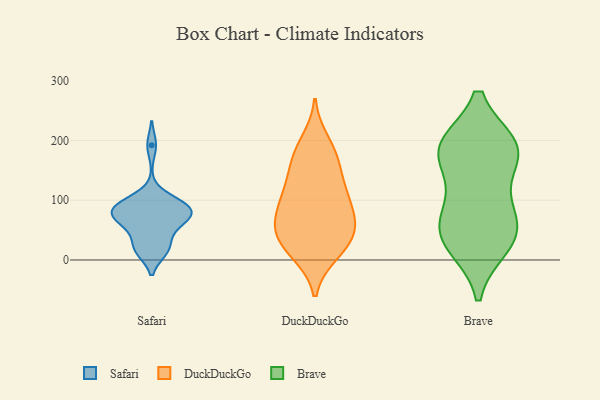
{"axis": {"x": "Waste Production (Tons)", "y": "Value"}, "legend": ["Brave", "DuckDuckGo", "Safari"], "data": [{"x": "", "y": 73, "type": "Safari"}, {"x": "", "y": 15, "type": "Safari"}, {"x": "", "y": 61, "type": "Safari"}, {"x": "", "y": 56, "type": "Safari"}, {"x": "", "y": 72, "type": "Safari"}, {"x": "", "y": 20, "type": "Safari"}, {"x": "", "y": 76, "type": "Safari"}, {"x": "", "y": 82, "type": "Safari"}, {"x": "", "y": 15, "type": "Safari"}, {"x": "", "y": 97, "type": "Safari"}, {"x": "", "y": 97, "type": "Safari"}, {"x": "", "y": 192, "type": "Safari"}, {"x": "", "y": 36, "type": "Safari"}, {"x": "", "y": 82, "type": "Safari"}, {"x": "", "y": 97, "type": "Safari"}, {"x": "", "y": 84, "type": "Safari"}, {"x": "", "y": 130, "type": "DuckDuckGo"}, {"x": "", "y": 42, "type": "DuckDuckGo"}, {"x": "", "y": 172, "type": "DuckDuckGo"}, {"x": "", "y": 78, "type": "DuckDuckGo"}, {"x": "", "y": 107, "type": "DuckDuckGo"}, {"x": "", "y": 53, "type": "DuckDuckGo"}, {"x": "", "y": 10, "type": "DuckDuckGo"}, {"x": "", "y": 52, "type": "DuckDuckGo"}, {"x": "", "y": 46, "type": "DuckDuckGo"}, {"x": "", "y": 160, "type": "DuckDuckGo"}, {"x": "", "y": 11, "type": "DuckDuckGo"}, {"x": "", "y": 98, "type": "DuckDuckGo"}, {"x": "", "y": 81, "type": "DuckDuckGo"}, {"x": "", "y": 138, "type": "DuckDuckGo"}, {"x": "", "y": 100, "type": "DuckDuckGo"}, {"x": "", "y": 46, "type": "DuckDuckGo"}, {"x": "", "y": 184, "type": "DuckDuckGo"}, {"x": "", "y": 199, "type": "DuckDuckGo"}, {"x": "", "y": 17, "type": "DuckDuckGo"}, {"x": "", "y": 187, "type": "Brave"}, {"x": "", "y": 183, "type": "Brave"}, {"x": "", "y": 25, "type": "Brave"}, {"x": "", "y": 35, "type": "Brave"}, {"x": "", "y": 180, "type": "Brave"}, {"x": "", "y": 47, "type": "Brave"}, {"x": "", "y": 189, "type": "Brave"}, {"x": "", "y": 187, "type": "Brave"}, {"x": "", "y": 105, "type": "Brave"}, {"x": "", "y": 47, "type": "Brave"}, {"x": "", "y": 79, "type": "Brave"}]}